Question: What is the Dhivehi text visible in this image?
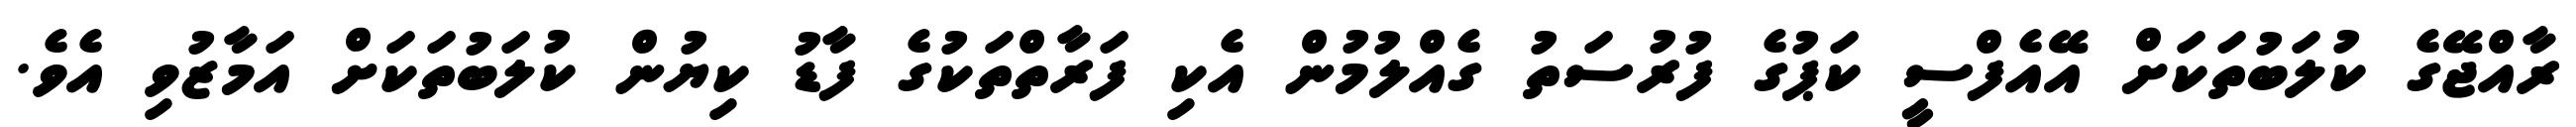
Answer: ރާއްޖޭގެ ކުލަބުތަކަށް އޭއެފްސީ ކަޕުގެ ފުރުސަތު ގެއްލުމުން އެކި ފަރާތްތަކުގެ ފާޑު ކިޔުން ކުލަބުތަކަށް އަމާޒުވި އެވެ.